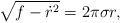
LaTeX: \begin{align*}\sqrt{f - {\dot r^{2}}} = 2\pi \sigma r,\end{align*}